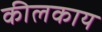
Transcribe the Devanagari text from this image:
कीलकाय